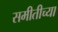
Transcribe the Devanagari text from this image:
समीतीच्या